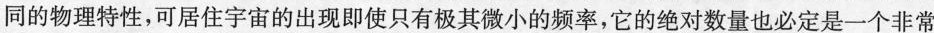
同的物理特性，可居住宇宙的出现即使只有极其微小的频率，它的绝对数量也必定是一个非常